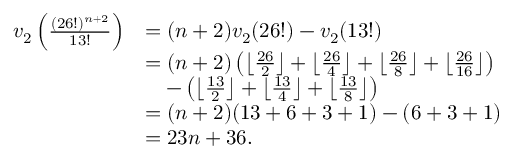
\begin{array} { r l } { v _ { 2 } \left( \frac { ( 2 6 ! ) ^ { n + 2 } } { 1 3 ! } \right) } & { = ( n + 2 ) v _ { 2 } ( 2 6 ! ) - v _ { 2 } ( 1 3 ! ) } \\ & { = ( n + 2 ) \left( \left\lfloor \frac { 2 6 } { 2 } \right\rfloor + \left\lfloor \frac { 2 6 } { 4 } \right\rfloor + \left\lfloor \frac { 2 6 } { 8 } \right\rfloor + \left\lfloor \frac { 2 6 } { 1 6 } \right\rfloor \right) } \\ & { \ \ \ - \left( \left\lfloor \frac { 1 3 } { 2 } \right\rfloor + \left\lfloor \frac { 1 3 } { 4 } \right\rfloor + \left\lfloor \frac { 1 3 } { 8 } \right\rfloor \right) } \\ & { = ( n + 2 ) ( 1 3 + 6 + 3 + 1 ) - ( 6 + 3 + 1 ) } \\ & { = 2 3 n + 3 6 . } \end{array}